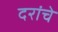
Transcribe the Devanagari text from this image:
दरांचे